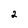
Character: 2